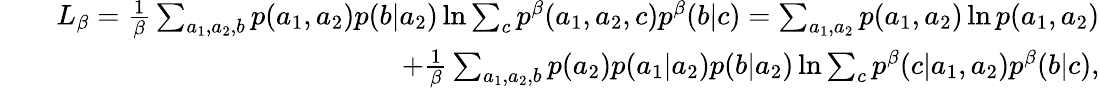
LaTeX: \begin{array}{rlr}&{}&{L_{\beta}=\frac{1}{\beta}\sum_{a_{1},a_{2},b}p(a_{1},a_{2})p(b|a_{2})\ln{\sum_{c}p^{\beta}(a_{1},a_{2},c)p^{\beta}(b|c)}=\sum_{a_{1},a_{2}}p(a_{1},a_{2})\ln{p(a_{1},a_{2})}}\\ &{}&{+\frac{1}{\beta}\sum_{a_{1},a_{2},b}p(a_{2})p(a_{1}|a_{2})p(b|a_{2})\ln{\sum_{c}p^{\beta}(c|a_{1},a_{2})p^{\beta}(b|c)},}\end{array}